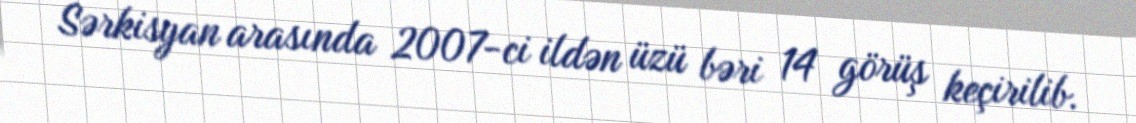
Sərkisyan arasında 2007-ci ildən üzü bəri 14 görüş keçirilib.